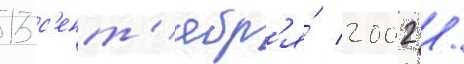
13 с'ент'ябр'я́ 2002 /